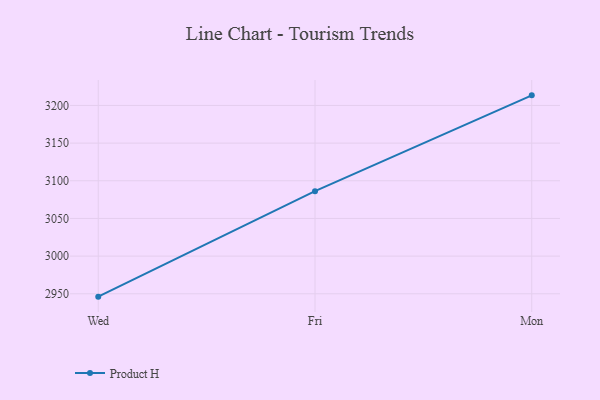
{"axis": {"x": "Day", "y": "Waste Production (Tons)"}, "legend": ["Product H"], "data": [{"x": "Wed", "y": 2946.2, "type": "Product H"}, {"x": "Fri", "y": 3086.2, "type": "Product H"}, {"x": "Mon", "y": 3213.4, "type": "Product H"}]}